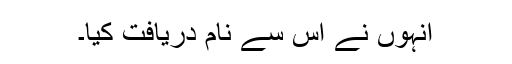
انہوں نے اس سے نام دریافت کیا۔